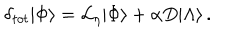
LaTeX: \delta _ { t o t } | \Phi \rangle = { \cal L } _ { \eta } | \Phi \rangle + \alpha D | \Lambda \rangle \, .